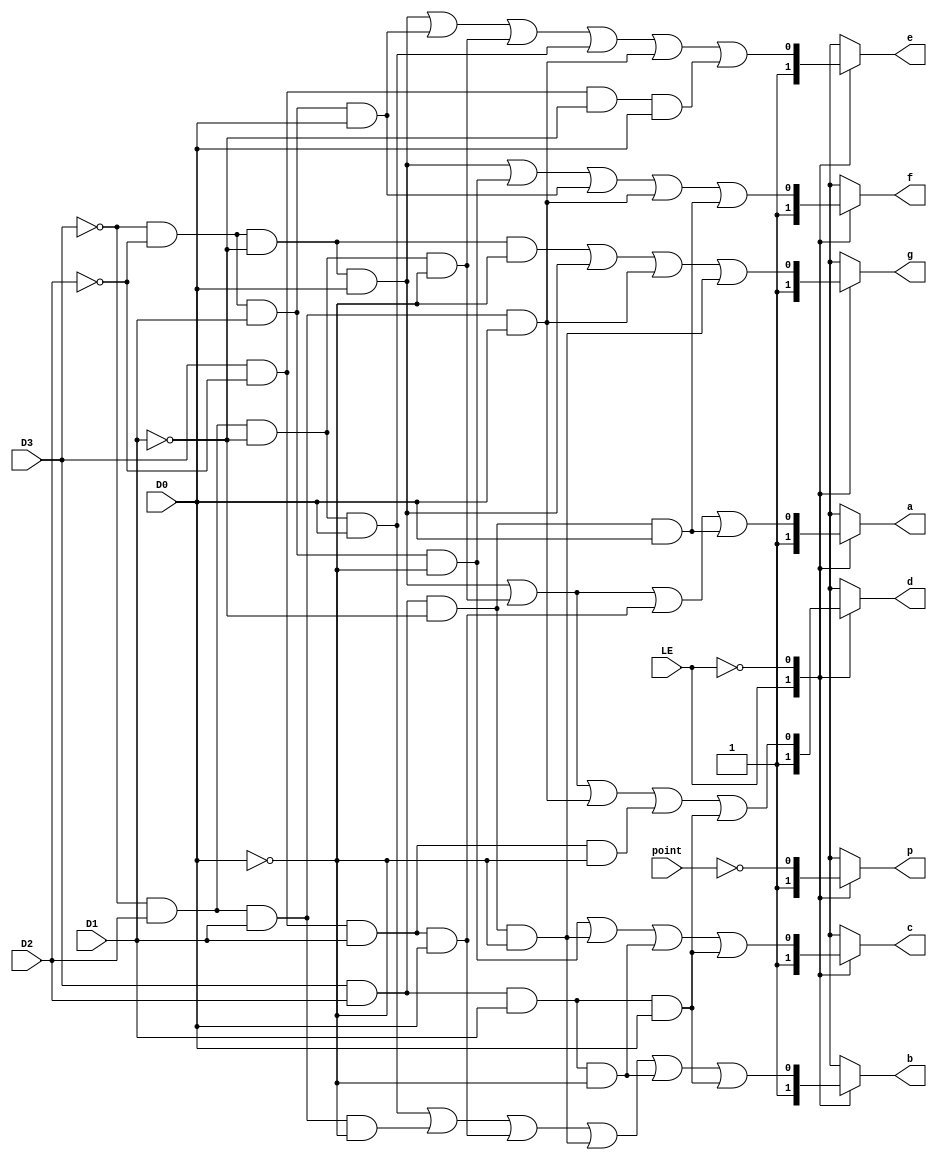
module MyMC14495(
    input D0, D1, D2, D3,
    input LE,
    input point,
    output reg p,
    output reg a, b, c, d, e, f, g
);
always @(*) 
begin
    case(LE)
        1'b1:begin
            a = 1'b1;
            b = 1'b1;
            c = 1'b1;
            d = 1'b1;
            e = 1'b1;
            f = 1'b1;
            g = 1'b1;
            p = 1'b1;
        end

        1'b0:begin
            a = (~D3 & ~D2 & ~D1 & D0) |
                    (~D3 & D2 & ~D1 & ~D0) |
                    (D3 & ~D2 & D1 & D0) |
                    (D3 & D2 & ~D1 & D0);
            b = (~D3 & D2 & ~D1 & D0) |
                    (~D3 & D2 & D1 & ~D0) |
                    (D3 & ~D2 & D1 & D0) |
                    (D3 & D2 & ~D1 & ~D0) |
                    (D3 & D2 & D1 & ~D0) |
                    (D3 & D2 & D1 & D0);
            c = (~D3 & ~D2 & D1 & ~D0) |
                    (D3 & D2 & ~D1 & ~D0) |
                    (D3 & D2 & D1 & ~D0) |
                    (D3 & D2 & D1 & D0);
            d = (~D3 & ~D2 & ~D1 & D0) |
                    (~D3 & D2 & ~D1 & ~D0) |
                    (~D3 & D2 & D1 & D0) |
                    (D3 & ~D2 & D1 & ~D0) |
                    (D3 & D2 & D1 & D0);
            e = (~D3 & ~D2 & ~D1 & D0) |
                    (~D3 & ~D2 & D1 & D0) |
                    (~D3 & D2 & ~D1 & ~D0) |
                    (~D3 & D2 & ~D1 & D0) |
                    (~D3 & D2 & D1 & D0) |
                    (D3 & ~D2 & ~D1 & D0);
            f = (~D3 & ~D2 & ~D1 & D0) |
                    (~D3 & ~D2 & D1 & ~D0) |
                    (~D3 & ~D2 & D1 & D0) |
                    (~D3 & D2 & D1 & D0) |
                    (D3 & D2 & ~D1 & D0);
            g = (~D3 & ~D2 & ~D1 & ~D0) |
                    (~D3 & ~D2 & ~D1 & D0) |
                    (~D3 & D2 & D1 & D0) |
                    (D3 & D2 & ~D1 & ~D0);
            p = ~point;
        end
    endcase
end
endmodule